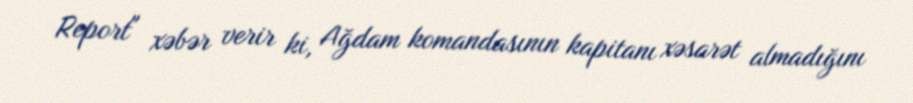
Report" xəbər verir ki, Ağdam komandasının kapitanı xəsarət almadığını